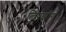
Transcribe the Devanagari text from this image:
लिपझीग